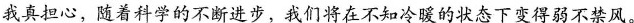
我真担心，随着科学的不断进步，我们将在不知冷暖的状态下变得弱不禁风。